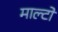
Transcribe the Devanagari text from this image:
माल्टो